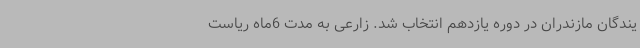
یندگان مازندران در دوره یازدهم انتخاب شد. زارعی به مدت 6ماه ریاست